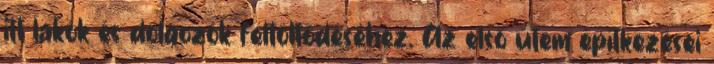
itt lakók és dolgozók feltöltődéséhez. Az első ütem építkezései